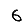
Digit: 6